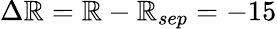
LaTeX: \Delta\mathbb{R}=\mathbb{R}-\mathbb{R}_{sep}=-15